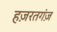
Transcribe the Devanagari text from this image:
हज़रतगंज़